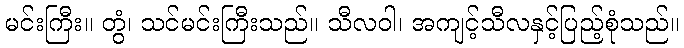
မင်းကြီး။ တွံ၊ သင်မင်းကြီးသည်။ သီလဝါ၊ အကျင့်သီလနှင့်ပြည့်စုံသည်။